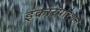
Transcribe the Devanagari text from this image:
इंकारपोरेशन